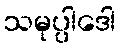
သမုပ္ပါဒေါ